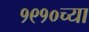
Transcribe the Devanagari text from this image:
१९१०च्या